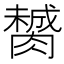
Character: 膥